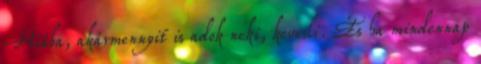
Hiába, akármennyit is adok neki, kevesli. És ha mindennap